Civil Veterinary Department. United Provinces 1932-42 - 1932-1942
Year: 1932
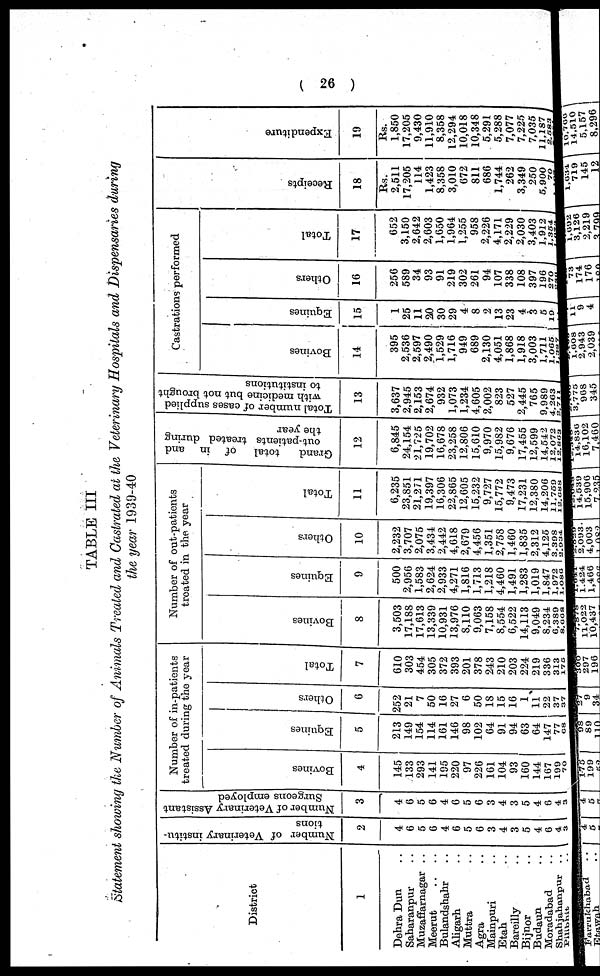
( 26 )
TABLE III
Statement showing the Number of Animals Treated and Castrated at the Veterinary Hospitals and Dispensaries during
the year 1939-40
District
1
Dehra Dun ..
Saharanpur ..
Muzaffarnagar ..
Meerut .. ..
Bulandshahr ..
Aligarh ..
Muttra ..
Agra ..
Mainpuri ..
Etah ..
Bareilly ..
Bijnor ..
Budaun ..
Moradabad..
Shahjahanpur ..
Pilibhit ..
Number of Veterinary institu-
tions
2
4
6
5
6
4
6
5
6
3
4
3
5
4
6
4 3
Number of Veterinary Assistant
Surgeons employed
3
4
6
5
6
4
6
5
6
3
4
3
5
4
6
4 3
Number of in-patients
treated during the year
Bovines
4
145
133
293
141
195
220
97
226
161
104
93
160
144
167
199
70
Equines
5
213
149
154
114
161
146
98
102
64
91
94
63
64
147
77
68
Others
6
252
21
7
50
16
27
6
50
18
15
16
1
11
22
37
37
Total
7
610
303
454
305
372
393
201
378
243
210
203
224
219
336
313
175
Number of out-patients
treated in the year
Bovines
8
3,503
17,188
17,613
13,339
10,931
13,976
8,110
9,063
7,158
8,554
6,522
14,113
9,049
8,234
6,389
8,668
Equines
9
500
2,956
1,583
2,624
2,933
4,271
1,816
1,713
1,218
4,460
1,491
1,283
1,019
1,847
1,972
1,086
Others
10
2,232
3,707
2,075
3,434
2,442
4,618
2,679
4,456
1,351
2,758
1,460
1,835
2,312
4,125
3,398
2,934
Total
11
6,235
23,851
21,271
19,397
16,306
22,865
12,605
15,232
9,727
15,772
9,473
17,231
12,380
14,206
11,759
12,688
Grand
total
of in and
out-patients treated during
the year
12
6,845
24,154
21,725
19,702
16,678
23,258
12,806
15,610
9,970
15,982
9,676
17,455
12,599
14,542
12,072
12,863
Total number of cases supplied
with medicine but not brought
to institutions
13
3,637
2,945
2,153
2,674
932
1,073
1,234
4,605
2,002
823
527
2,445
765
9,989
4,263
2,711
Castrations performed
Bovines
14
395
2,536
2,597
2,490
1,529
1,716
949
689
2,130
4,051
1,868
1,918
3,003
1,711
1,065
1,387
Equines
15
1
25
11
20
30
29
4
8
2
13
23
4
3
5
19
11
Others
16
256
589
34
93
91
219
302
261
94
107
338
108
397
196
270
289
Total
17
652
3,150
2,642
2,603
1,650
1,964
1,255
958
2,226
4,171
2,229
2,030
3,403
1,912
1,354
1,687
Recei pt s
18
Rs.
2,511
17,205
114
1,423
8,358
3,010
672
811
686
1,744
262
3,349
250
5,900
70
1,103
Expenditure
19
Rs.
1,850
17,205
9,430
11,910
8,358
12,294
10,018
10,348
5,291
5,288
7,077
7,225
7,035
11,187
2,583